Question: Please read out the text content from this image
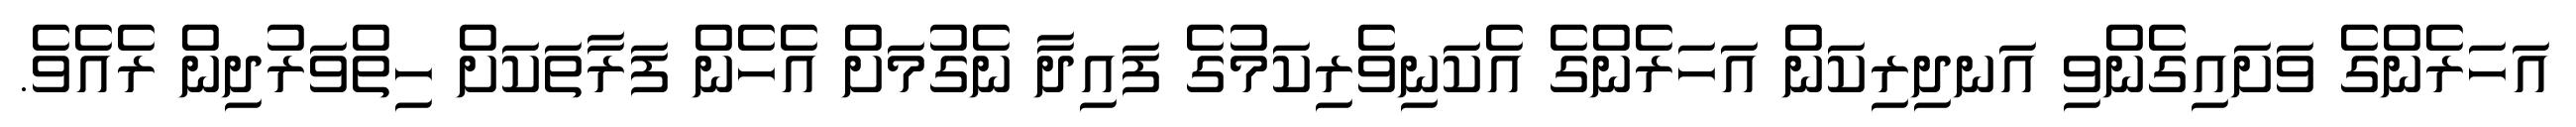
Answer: އަހަރެންގެ ވަށައިގެންވި އަނދިރިކަން އަހަރެންގެ އެކަނިވެރިކަމުގެ ފައިދާ ނެގުމަށް އެހެން ފަރާތަކަށް ހިތްވަރުދިން ރެއެވެ.